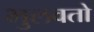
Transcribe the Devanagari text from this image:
भुलवतो